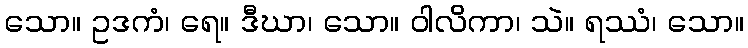
သော။ ဥဒကံ၊ ရေ။ ဒီဃာ၊ သော။ ဝါလိကာ၊ သဲ။ ရဿံ၊ သော။